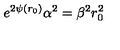
e ^ { 2 \psi ( r _ { 0 } ) } \alpha ^ { 2 } = \beta ^ { 2 } r _ { 0 } ^ { 2 }